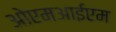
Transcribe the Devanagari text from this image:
ओएमआईएम